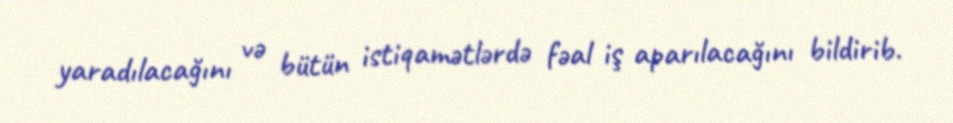
yaradılacağını və bütün istiqamətlərdə fəal iş aparılacağını bildirib.